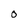
Character: 0